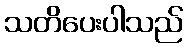
သတိပေးပါသည်